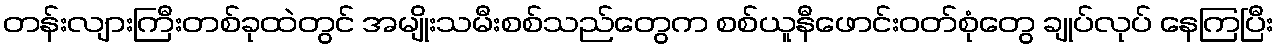
တန်းလျားကြီးတစ်ခုထဲတွင် အမျိုးသမီးစစ်သည်တွေက စစ်ယူနီဖောင်းဝတ်စုံတွေ ချုပ်လုပ် နေကြပြီး